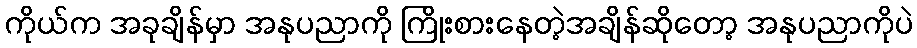
ကိုယ်က အခုချိန်မှာ အနုပညာကို ကြိုးစားနေတဲ့အချိန်ဆိုတော့ အနုပညာကိုပဲ